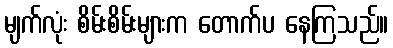
မျက်လုံး စိမ်းစိမ်းများက တောက်ပ နေကြသည်။